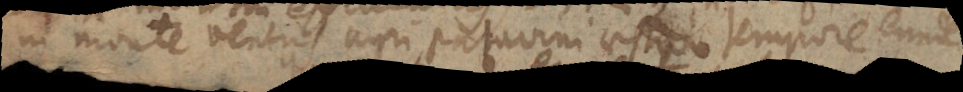
in monte Veneris agri Patavini aestivo tempore eundem